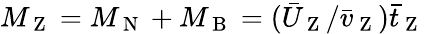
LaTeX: M_{\mathrm{~Z~}}=M_{\mathrm{~N~}}+M_{\mathrm{~B~}}=(\bar{U}_{\mathrm{~Z~}}/\bar{v}_{\mathrm{~Z~}})\bar{t}_{\mathrm{~Z~}}